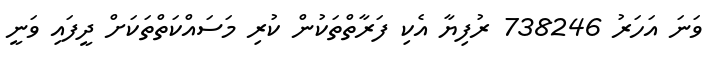
ވަނަ އަހަރު 738246 ރުފިޔާ އެކި ފަރާތްތަކުން ކުރި މަސައްކަތްތަކަށް ދީފައި ވަނީ